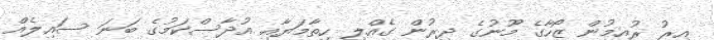
އިރު ރުއިމުން ޒޯހާގެ މޫނުގެ ދިރުން ގެއްލި ހިތާމަޔާއި އުދާސްކަމުގެ ބަނަ ސައިލެއް